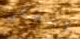
لاسلكي